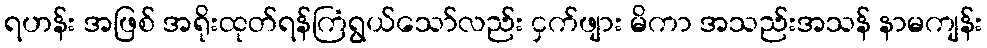
ရဟန်း အဖြစ် အရိုးထုတ်ရန်ကြံရွယ်သော်လည်း ငှက်ဖျား မိကာ အသည်းအသန် နာမကျန်း